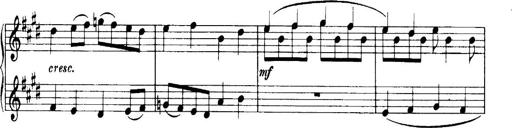
Title: 3 Sonatinas, Op.67
Composer: Jean Sibelius